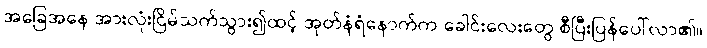
အခြေအနေ အားလုံးငြိမ်သက်သွား၍ထင့် အုတ်နံရံနောက်က ခေါင်းလေးတွေ စီပြီးပြန်ပေါ်လာ၏။